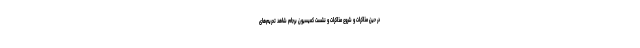
در حین مذاکرات و شروع مذاکرات و نشست کمیسیون برجام شاهد تحریم‌های